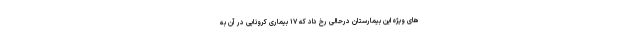
های ویژه این بیمارستان درحالی رخ داد که ۱۷ بیماری کرونایی در آن به